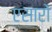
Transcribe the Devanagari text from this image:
एसारों